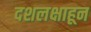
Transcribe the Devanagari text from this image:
दशलक्षाहून